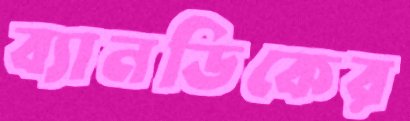
ব্যানডিকের